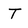
Character: T